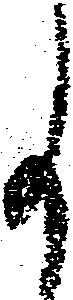
事